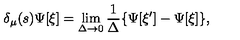
\delta _ { \mu } ( s ) \Psi [ \xi ] = \lim _ { \Delta \rightarrow 0 } \frac { 1 } { \Delta } \{ \Psi [ \xi ^ { \prime } ] - \Psi [ \xi ] \} ,